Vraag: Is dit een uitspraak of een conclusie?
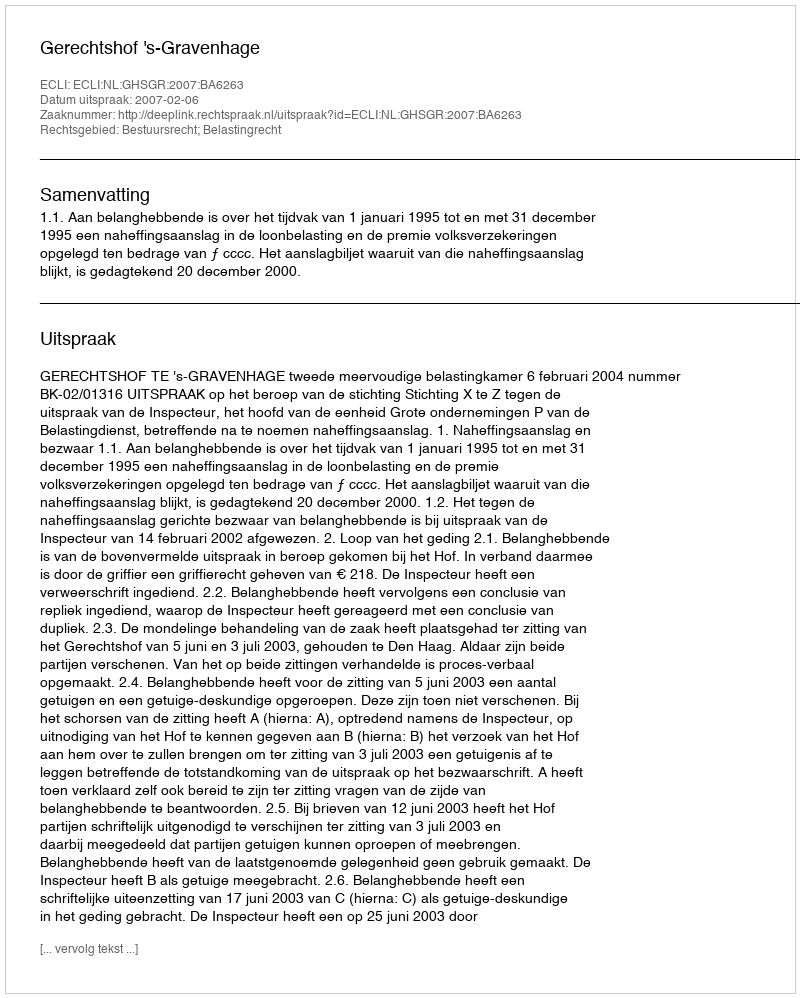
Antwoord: Uitspraak